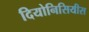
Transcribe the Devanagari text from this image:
दियोनिसियीस